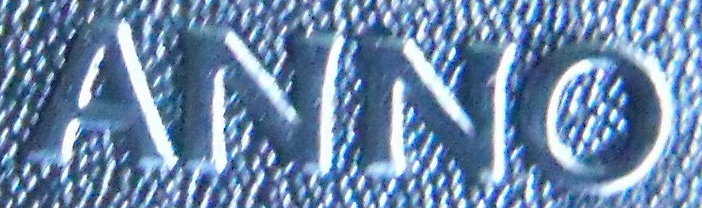
ANNO